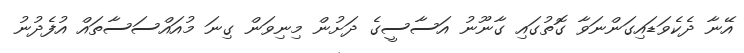
އޭނާ ދެކެވަޑައިގަންނަވާ ގޮތުގައި ގާނޫނު އަސާސީގެ ދަށުން މިނިވަން ގިނަ މުއައްސަސާތައް އުފެދުނު